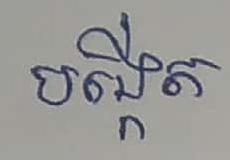
បង្កើត